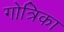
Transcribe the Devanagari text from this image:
गोत्रिका